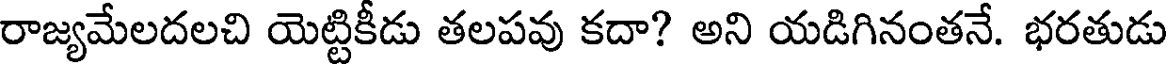
రాజ్యమేలదలచి యెట్టికీడు తలపవు కదా? అని యడిగినంతనే. భరతుడు